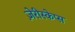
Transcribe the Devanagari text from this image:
ज़ेरीस्‍केप्‍स